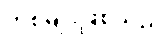
တစ်မျိုးဖြစ်သည်